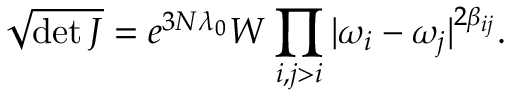
\sqrt { \operatorname * { d e t } J } = e ^ { 3 N \lambda _ { 0 } } W \prod _ { i , j > i } | \omega _ { i } - \omega _ { j } | ^ { 2 \beta _ { i j } } .